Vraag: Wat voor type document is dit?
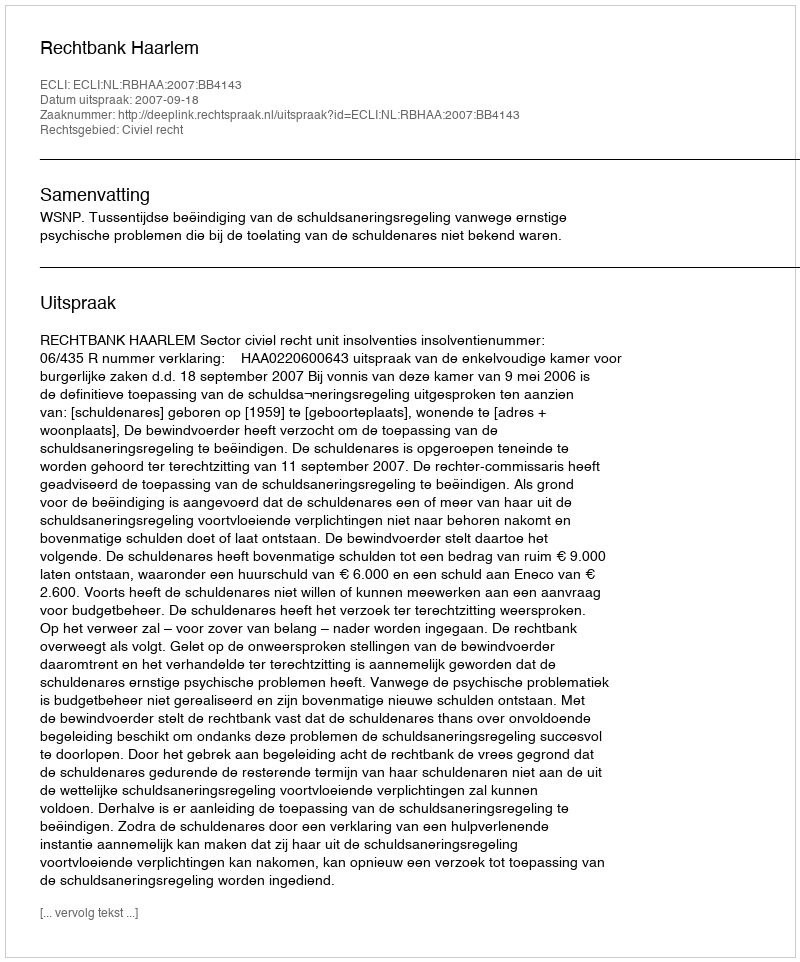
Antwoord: Uitspraak